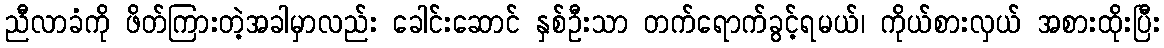
ညီလာခံကို ဖိတ်ကြားတဲ့အခါမှာလည်း ခေါင်းဆောင် နှစ်ဦးသာ တက်ရောက်ခွင့်ရမယ်၊ ကိုယ်စားလှယ် အစားထိုးပြီး